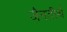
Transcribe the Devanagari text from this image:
जैनतीर्थ